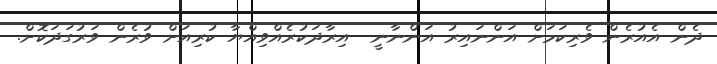
ދެން އެއުރެން ވެރިކަމަށް އަންނައިރު އަންނާނީ  އިރާދަކުރެއްވިއްޔާ ކުރިއަށް ވުރެން ވަރުގަދަކޮށް.